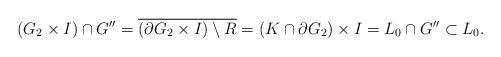
LaTeX: \begin{align*} (G_2\times I) \cap G'' = \overline{(\partial G_2\times I) \setminus R} = (K\cap \partial G_2)\times I= L_0\cap G''\subset L_0. \end{align*}